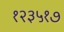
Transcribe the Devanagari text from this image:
१२३५१७